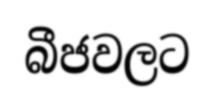
බීජවලට